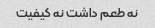
نه طعم داشت نه کیفیت